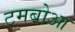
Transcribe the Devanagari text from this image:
टमबोआ